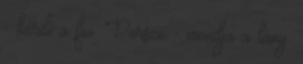
- kérdi a fiu. Persze - mondja a lány.